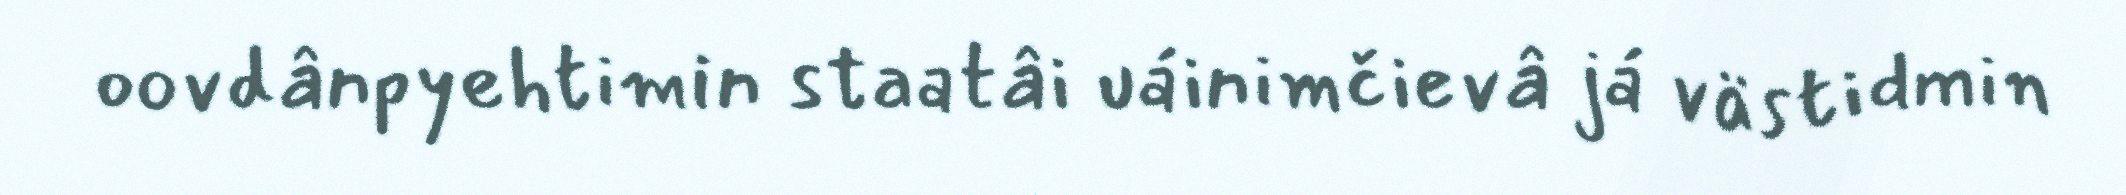
oovdânpyehtimin staatâi uáinimčievâ já västidmin